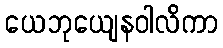
ယေဘုယျေနဝါလိကာ